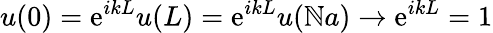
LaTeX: u(0)=\mathrm{e}^{ikL}u(L)=\mathrm{e}^{ikL}u(\mathbb{N}a)\to\mathrm{e}^{ikL}=1